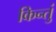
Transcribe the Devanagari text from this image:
किन्तुं